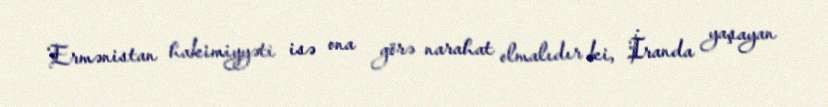
Ermənistan hakimiyyəti isə ona görə narahat olmalıdır ki, İranda yaşayan